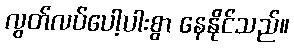
လွတ်လပ်ပေါ့ပါးစွာ နေနိုင်သည်။